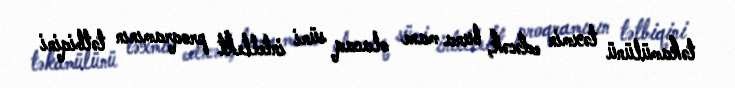
təkamülünü təxmin edəcək, buna mane olacaq süni intellekt proqramının tətbiqini